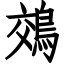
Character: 鵁